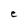
Character: C